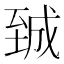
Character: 臹